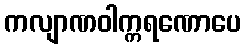
ကလျာဏဝါက္ကရဏောပေ